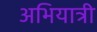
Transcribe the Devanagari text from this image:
अभियात्री